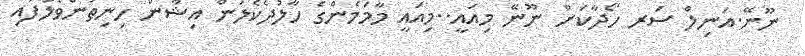
ނޫނޭ.އަނިލް ސަރ ހޯދާކަށް ނޫނޭ މިއައީ..މިއައީ މާމަމެންގެ ހާލުދެކެލަން އިޝާން ހިނިތުންވެލާފައި